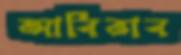
আর্বিভাব